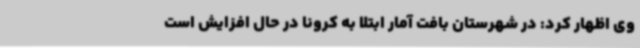
وی اظهار کرد: در شهرستان بافت آمار ابتلا به کرونا در حال افزایش است